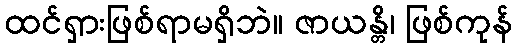
ထင်ရှားဖြစ်ရာမရှိဘဲ။ ဇာယန္တိ၊ ဖြစ်ကုန်